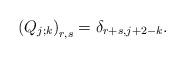
LaTeX: \begin{align*}\left(Q_{j;k}\right)_{r,s}=\delta_{r+s,j+2-k}.\end{align*}